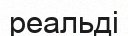
реальді